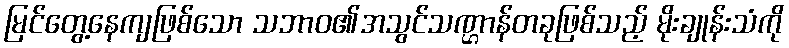
မြင်တွေ့နေကျဖြစ်သော သဘာဝ၏အသွင်သဏ္ဌာန်တခုဖြစ်သည့် မိုးချုန်းသံကို